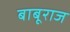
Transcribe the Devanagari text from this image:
बाबूराज